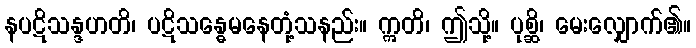
နပဋိသန္ဒဟတိ၊ ပဋိသန္ဓေမနေတုံ့သနည်း။ ဣတိ၊ ဤသို့။ ပုစ္ဆိ၊ မေးလျှောက်၏။